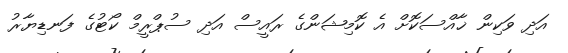
އަދި ވަކިން ޚާއްސަކޮށް އެ ކޮމިޝަންގެ ރައީސް އަދި ސުޕްރީމް ކޯޓުގެ ފަނޑިޔާރު